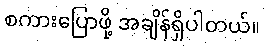
စကားပြောဖို့ အချိန်ရှိပါတယ်။